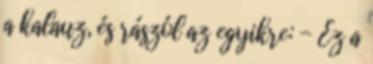
a kalauz, és rászól az egyikre: - Ez a